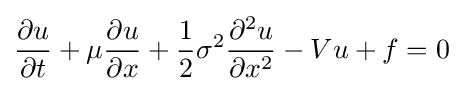
{\frac {\partial u}{\partial t}}+\mu {\frac {\partial u}{\partial x}}+{\frac {1}{2}}\sigma ^{2}{\frac {\partial ^{2}u}{\partial x^{2}}}-Vu+f=0